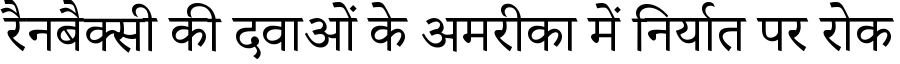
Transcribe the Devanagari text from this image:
रैनबैक्सी की दवाओं के अमरीका में निर्यात पर रोक